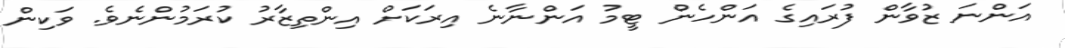
އަންނަ ޒުވާން ފުރައިގެ އަންހެން ޓީމު އަންނާނެ އިރަކަށް އިންތިޒާރު ކުރަމުންނެވެ. ވަކިން